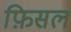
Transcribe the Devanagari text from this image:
फ़िसल